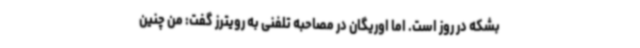
بشکه در روز است. اما اوریگان در مصاحبه تلفنی به رویترز گفت: من چنین